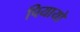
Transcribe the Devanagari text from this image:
पियायो